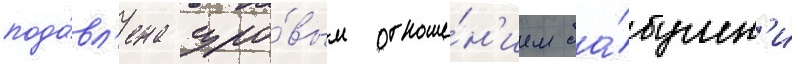
пода́вл'ена суро́вым отноше́н'ием ба́бушк'и